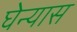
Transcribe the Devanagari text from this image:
घेन्यास